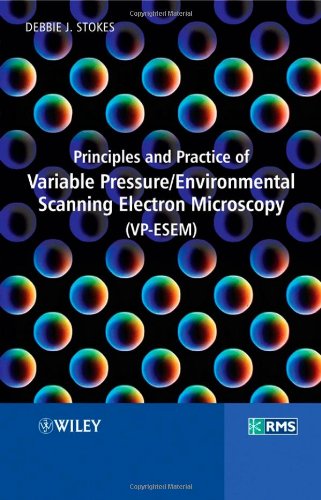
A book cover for Principles and Practice of Variable Pressure: Environmental Scanning Electron Microscopy (VP-ESEM); Debbie Stokes; Science & Math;